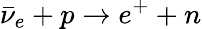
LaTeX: \bar{\nu}_{e}+p\to e^{+}+n